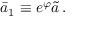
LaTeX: \bar { a } _ { 1 } \equiv e ^ { \varphi } \tilde { a } \, .